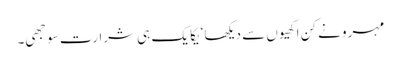
مہرو نے کن اکھیوں سے دیکھا‘ یکا یک ہی شرارت سوجھی۔